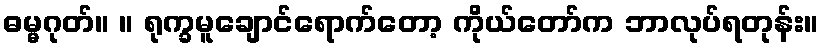
ဓမ္မဂုတ်။ ။ ရုက္ခမူချောင်ရောက်တော့ ကိုယ်တော်က ဘာလုပ်ရတုန်း။